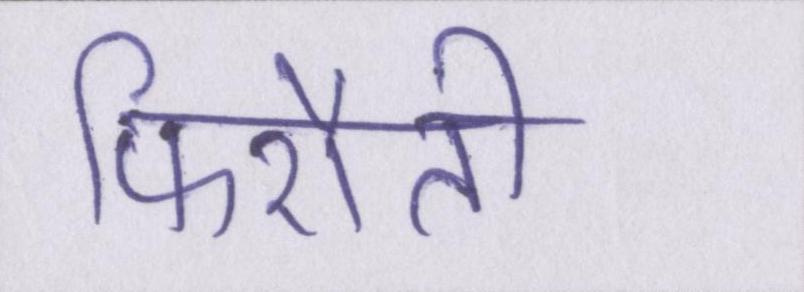
फिरौती